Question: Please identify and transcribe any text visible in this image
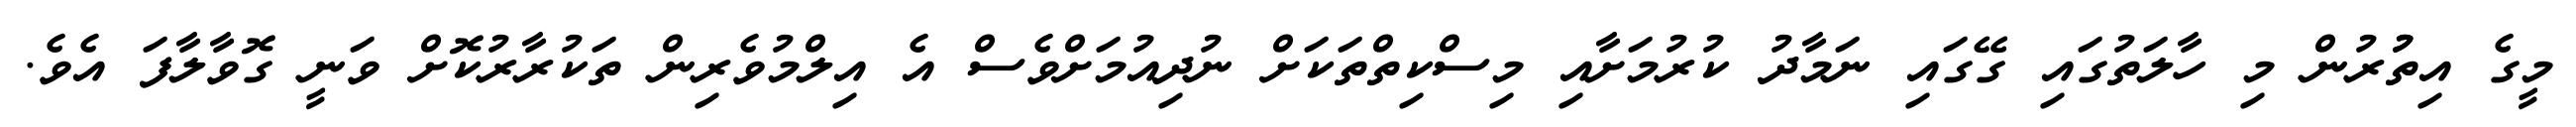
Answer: މީގެ އިތުުރުން މި ހާލަތުގައި ގޭގައި ނަމާދު ކުރުމަށާއި މިސްކިތްތަކަށް ނުދިއުމަށްވެސް އެ އިލްމުވެރިން ތަކުރާރުކޮށް ވަނީ ގޮވާލާފަ އެވެ.